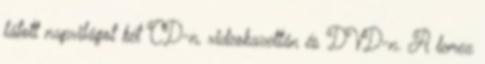
látott napvilágot két CD-n, videokazettán és DVD-n. A lemez